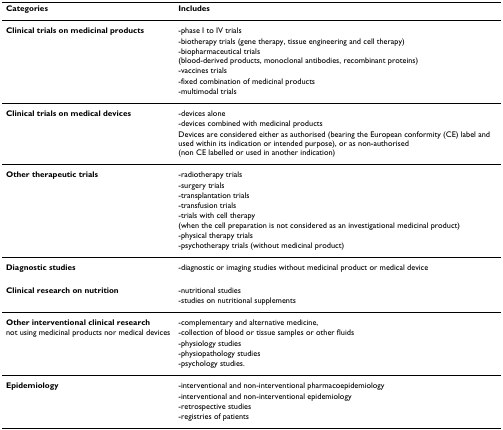
<table><thead><tr><td><b>Categories</b></td><td><b>Includes</b></td></tr></thead><tbody><tr><td><b>Clinical trials on medicinal products</b></td><td>-phase I to IV trials</td></tr><tr><td></td><td>-biotherapy trials (gene therapy, tissue engineering and cell therapy)</td></tr><tr><td></td><td>-biopharmaceutical trials (blood-derived products, monoclonal antibodies, recombinant proteins)</td></tr><tr><td></td><td>-vaccines trials</td></tr><tr><td></td><td>-fixed combination of medicinal products</td></tr><tr><td></td><td>-multimodal trials</td></tr><tr><td><b>Clinical trials on medical devices</b></td><td>-devices alone</td></tr><tr><td></td><td>-devices combined with medicinal products</td></tr><tr><td></td><td>Devices are considered either as authorised (bearing the European conformity (CE) label and used within its indication or intended purpose), or as non-authorised (non CE labelled or used in another indication)</td></tr><tr><td><b>Other therapeutic trials</b></td><td>-radiotherapy trials</td></tr><tr><td></td><td>-surgery trials</td></tr><tr><td></td><td>-transplantation trials</td></tr><tr><td></td><td>-transfusion trials</td></tr><tr><td></td><td>-trials with cell therapy (when the cell preparation is not considered as an investigational medicinal product)</td></tr><tr><td></td><td>-physical therapy trials</td></tr><tr><td></td><td>-psychotherapy trials (without medicinal product)</td></tr><tr><td><b>Diagnostic studies</b></td><td>-diagnostic or imaging studies without medicinal product or medical device</td></tr><tr><td><b>Clinical research on nutrition</b></td><td>-nutritional studies</td></tr><tr><td></td><td>-studies on nutritional supplements</td></tr><tr><td><b>Other interventional clinical research</b></td><td>-complementary and alternative medicine,</td></tr><tr><td>not using medicinal products nor medical devices</td><td>-collection of blood or tissue samples or other fluids</td></tr><tr><td></td><td>-physiology studies</td></tr><tr><td></td><td>-physiopathology studies</td></tr><tr><td></td><td>-psychology studies.</td></tr><tr><td><b>Epidemiology</b></td><td>-interventional and non-interventional pharmacoepidemiology</td></tr><tr><td></td><td>-interventional and non-interventional epidemiology</td></tr><tr><td></td><td>-retrospective studies</td></tr><tr><td></td><td>-registries of patients</td></tr></tbody></table>